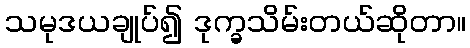
သမုဒယချုပ်၍ ဒုက္ခသိမ်းတယ်ဆိုတာ။